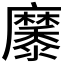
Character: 𪎭